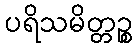
ပရိသမိတ္တဉ္စ